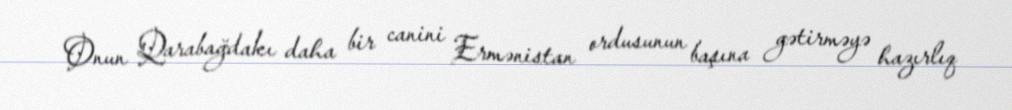
Onun Qarabağdakı daha bir canini Ermənistan ordusunun başına gətirməyə hazırlıq